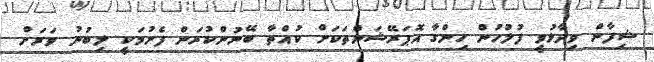
ޝިފާން ވިދާޅުވީ ފުލުހުން ހިންގާ އޮޕަރޭޝަންތަކަށް ކުއްތާ ބޭނުންކުރަން ފެށުމަކީ ލިބުނު ވަރަށް